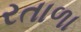
રતાળા